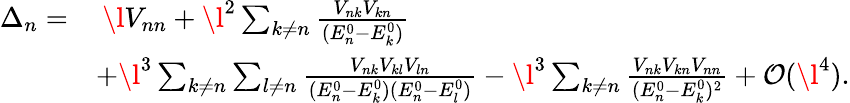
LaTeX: \begin{array}{rl}{\Delta_{n}=}&{\: \l V_{nn}+\l^{2}\sum_{k\neq n}\frac{V_{nk}V_{kn}}{(E_{n}^{0}-E_{k}^{0})}}\\ &{+\l^{3}\sum_{k\neq n}\sum_{l\neq n}\frac{V_{nk}V_{kl}V_{ln}}{(E_{n}^{0}-E_{k}^{0})(E_{n}^{0}-E_{l}^{0})}-\l^{3}\sum_{k\neq n}\frac{V_{nk}V_{kn}V_{nn}}{(E_{n}^{0}-E_{k}^{0})^{2}}+\mathcal{O}(\l^{4}).}\end{array}